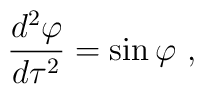
{d^2\varphi\over d\tau^2} = \sin\varphi\ ,